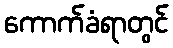
ကောက်ခံရာတွင်